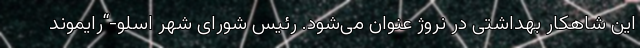
این شاهکار بهداشتی در نروژ عنوان می‌شود. رئیس شورای شهر اسلو-“رایموند